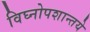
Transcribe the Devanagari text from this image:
विघ्नोपशान्तये